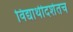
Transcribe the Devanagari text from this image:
विद्यार्थीदशेतच